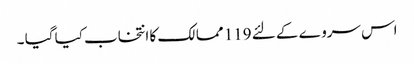
اس سروے کے لئے 119 ممالک کا انتخاب کیا گیا ۔